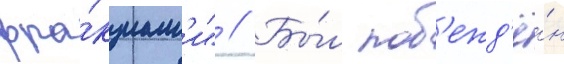
фра́кциам'и" // Бы́л поб'ежд'ё́н